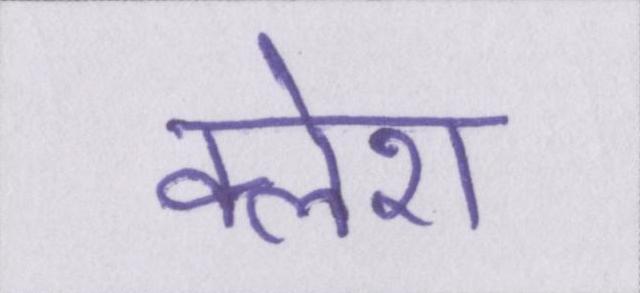
क्लेश